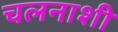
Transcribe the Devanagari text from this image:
चलनाशी